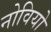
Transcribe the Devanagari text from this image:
नोवियो